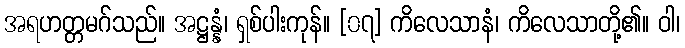
အရဟတ္တမဂ်သည်။ အဋ္ဌန္နံ၊ ရှစ်ပါးကုန်။ [၀၇] ကိလေသာနံ၊ ကိလေသာတို့၏။ ဝါ၊